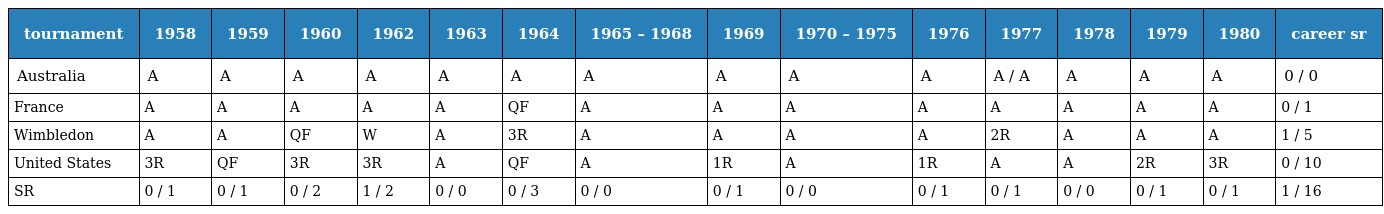
| tournament | 1958 | 1959 | 1960 | 1962 | 1963 | 1964 | 1965 – 1968 | 1969 | 1970 – 1975 | 1976 | 1977 | 1978 | 1979 | 1980 | career sr |
 | --- | --- | --- | --- | --- | --- | --- | --- | --- | --- | --- | --- | --- | --- | --- | --- |
 | Australia | A | A | A | A | A | A | A | A | A | A | A / A | A | A | A | 0 / 0 |
 | France | A | A | A | A | A | QF | A | A | A | A | A | A | A | A | 0 / 1 |
 | Wimbledon | A | A | QF | W | A | 3R | A | A | A | A | 2R | A | A | A | 1 / 5 |
 | United States | 3R | QF | 3R | 3R | A | QF | A | 1R | A | 1R | A | A | 2R | 3R | 0 / 10 |
 | SR | 0 / 1 | 0 / 1 | 0 / 2 | 1 / 2 | 0 / 0 | 0 / 3 | 0 / 0 | 0 / 1 | 0 / 0 | 0 / 1 | 0 / 1 | 0 / 0 | 0 / 1 | 0 / 1 | 1 / 16 |